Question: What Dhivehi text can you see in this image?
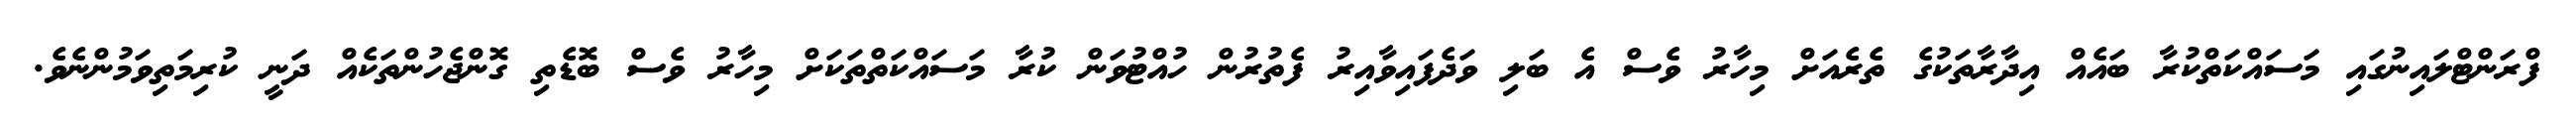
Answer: ފްރަންޓްލައިނުގައި މަސައްކަތްކުރާ ބައެއް އިދާރާތަކުގެ ތެރެއަށް މިހާރު ވެސް އެ ބަލި ވަދެފައިވާއިރު ފެތުރުން ހުއްޓުވަން ކުރާ މަސައްކަތްތަކަށް މިހާރު ވެސް ބޮޑެތި ގޮންޖެހުންތަކެއް ދަނީ ކުރިމަތިވަމުންނެވެ.